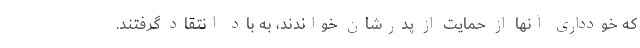
که خودداری آنها از حمایت از پدرشان خواندند، به باد انتقاد گرفتند.